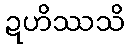
ဍဟိဿသိ